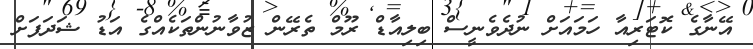
އޭނާގެ ކޮޓަރިއާ ހަމައަށް ނުދެވެނީސް ބިލިއާޑް ރޫމް ތެރޭން ޒުވާނުންތަކެއްގެ އަޑު ޝަދަފަށް